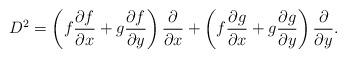
LaTeX: \begin{align*}D^2=\left( f\frac{\partial f}{\partial x}+g\frac{\partial f}{\partial y}\right) \frac{\partial}{\partial x} +\left( f\frac{\partial g}{\partial x}+g\frac{\partial g}{\partial y}\right) \frac{\partial}{\partial y}.\end{align*}